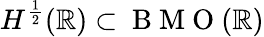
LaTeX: H^{\frac{1}{2}}(\mathbb R)\subset\mathrm{~B~M~O~}(\mathbb R)